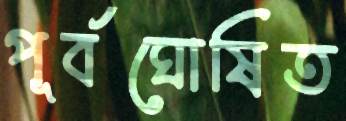
পূর্বঘোষিত